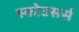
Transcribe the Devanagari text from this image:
स्कोउसर्स